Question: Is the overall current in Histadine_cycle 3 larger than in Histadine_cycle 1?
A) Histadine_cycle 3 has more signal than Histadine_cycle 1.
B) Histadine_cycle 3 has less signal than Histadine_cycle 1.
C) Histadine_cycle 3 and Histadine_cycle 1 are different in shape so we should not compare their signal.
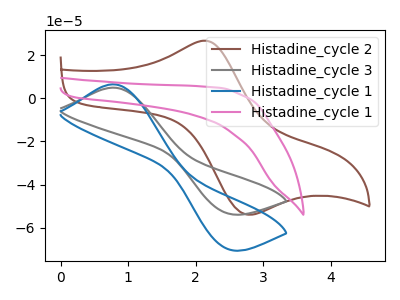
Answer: <think>The brown curve "Histadine_cycle 2" has an anodic peak at (2.15V, 26.80uA) and a cathodic peak at (2.75V, -53.70uA). The gray curve "Histadine_cycle 3" has an anodic peak at (0.80V, 5.00uA) and a cathodic peak at (2.45V, -53.30uA). The blue curve "Histadine_cycle 1" has an anodic peak at (0.80V, 6.55uA) and a cathodic peak at (2.45V, -69.80uA). The pink curve "Histadine_cycle 1" has no peaks.
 All the peaks in "Histadine_cycle 3" have a peak in "Histadine_cycle 1" at the same potential. Every peak in "Histadine_cycle 3" is lower than every peak in "Histadine_cycle 1".</think>
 <answer>B) "Histadine_cycle 3" has less signal than "Histadine_cycle 1".</answer>
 <eval>B</eval>